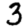
Digit: 3